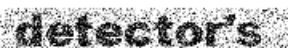
detector's